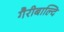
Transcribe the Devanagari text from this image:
गैरीबाल्दि